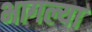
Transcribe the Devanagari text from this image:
भागल्या